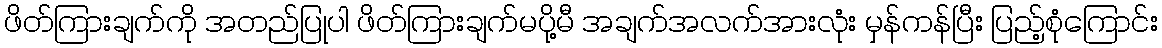
ဖိတ်ကြားချက်ကို အတည်ပြုပါ ဖိတ်ကြားချက်မပို့မီ အချက်အလက်အားလုံး မှန်ကန်ပြီး ပြည့်စုံကြောင်း